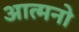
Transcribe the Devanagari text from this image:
आत्मनो